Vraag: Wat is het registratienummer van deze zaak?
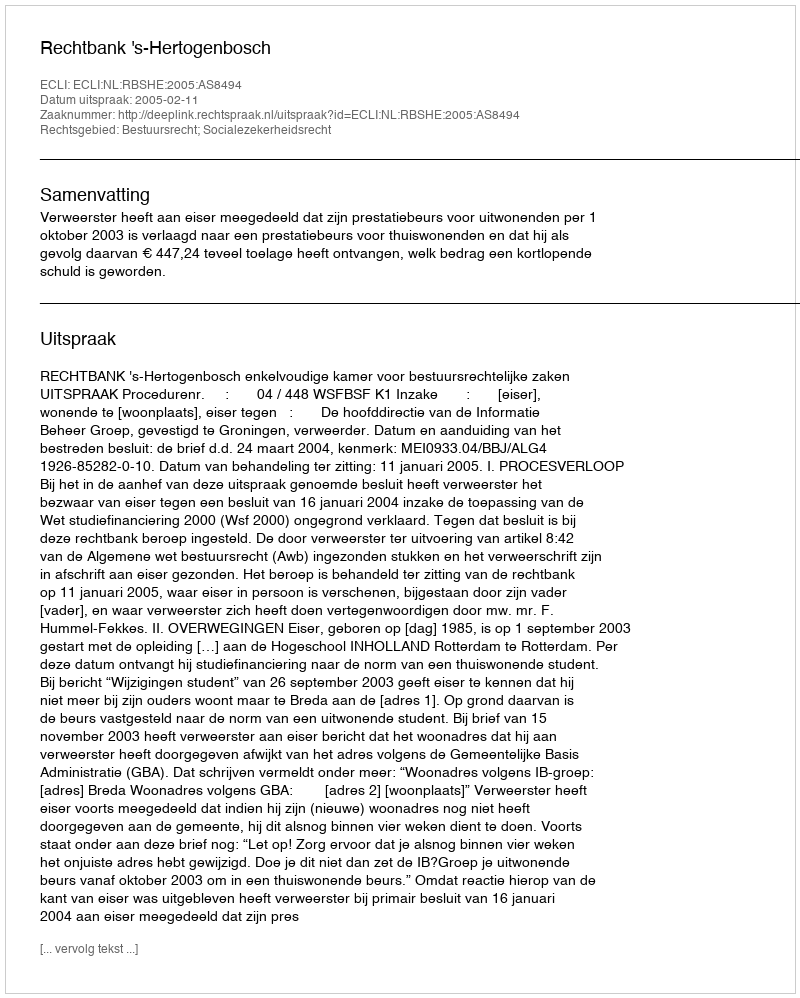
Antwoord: http://deeplink.rechtspraak.nl/uitspraak?id=ECLI:NL:RBSHE:2005:AS8494